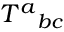
T ^ { a } { } _ { b c }